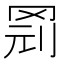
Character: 𱺽